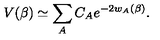
V ( \beta ) \simeq \sum _ { A } C _ { A } e ^ { - 2 w _ { A } ( \beta ) } .